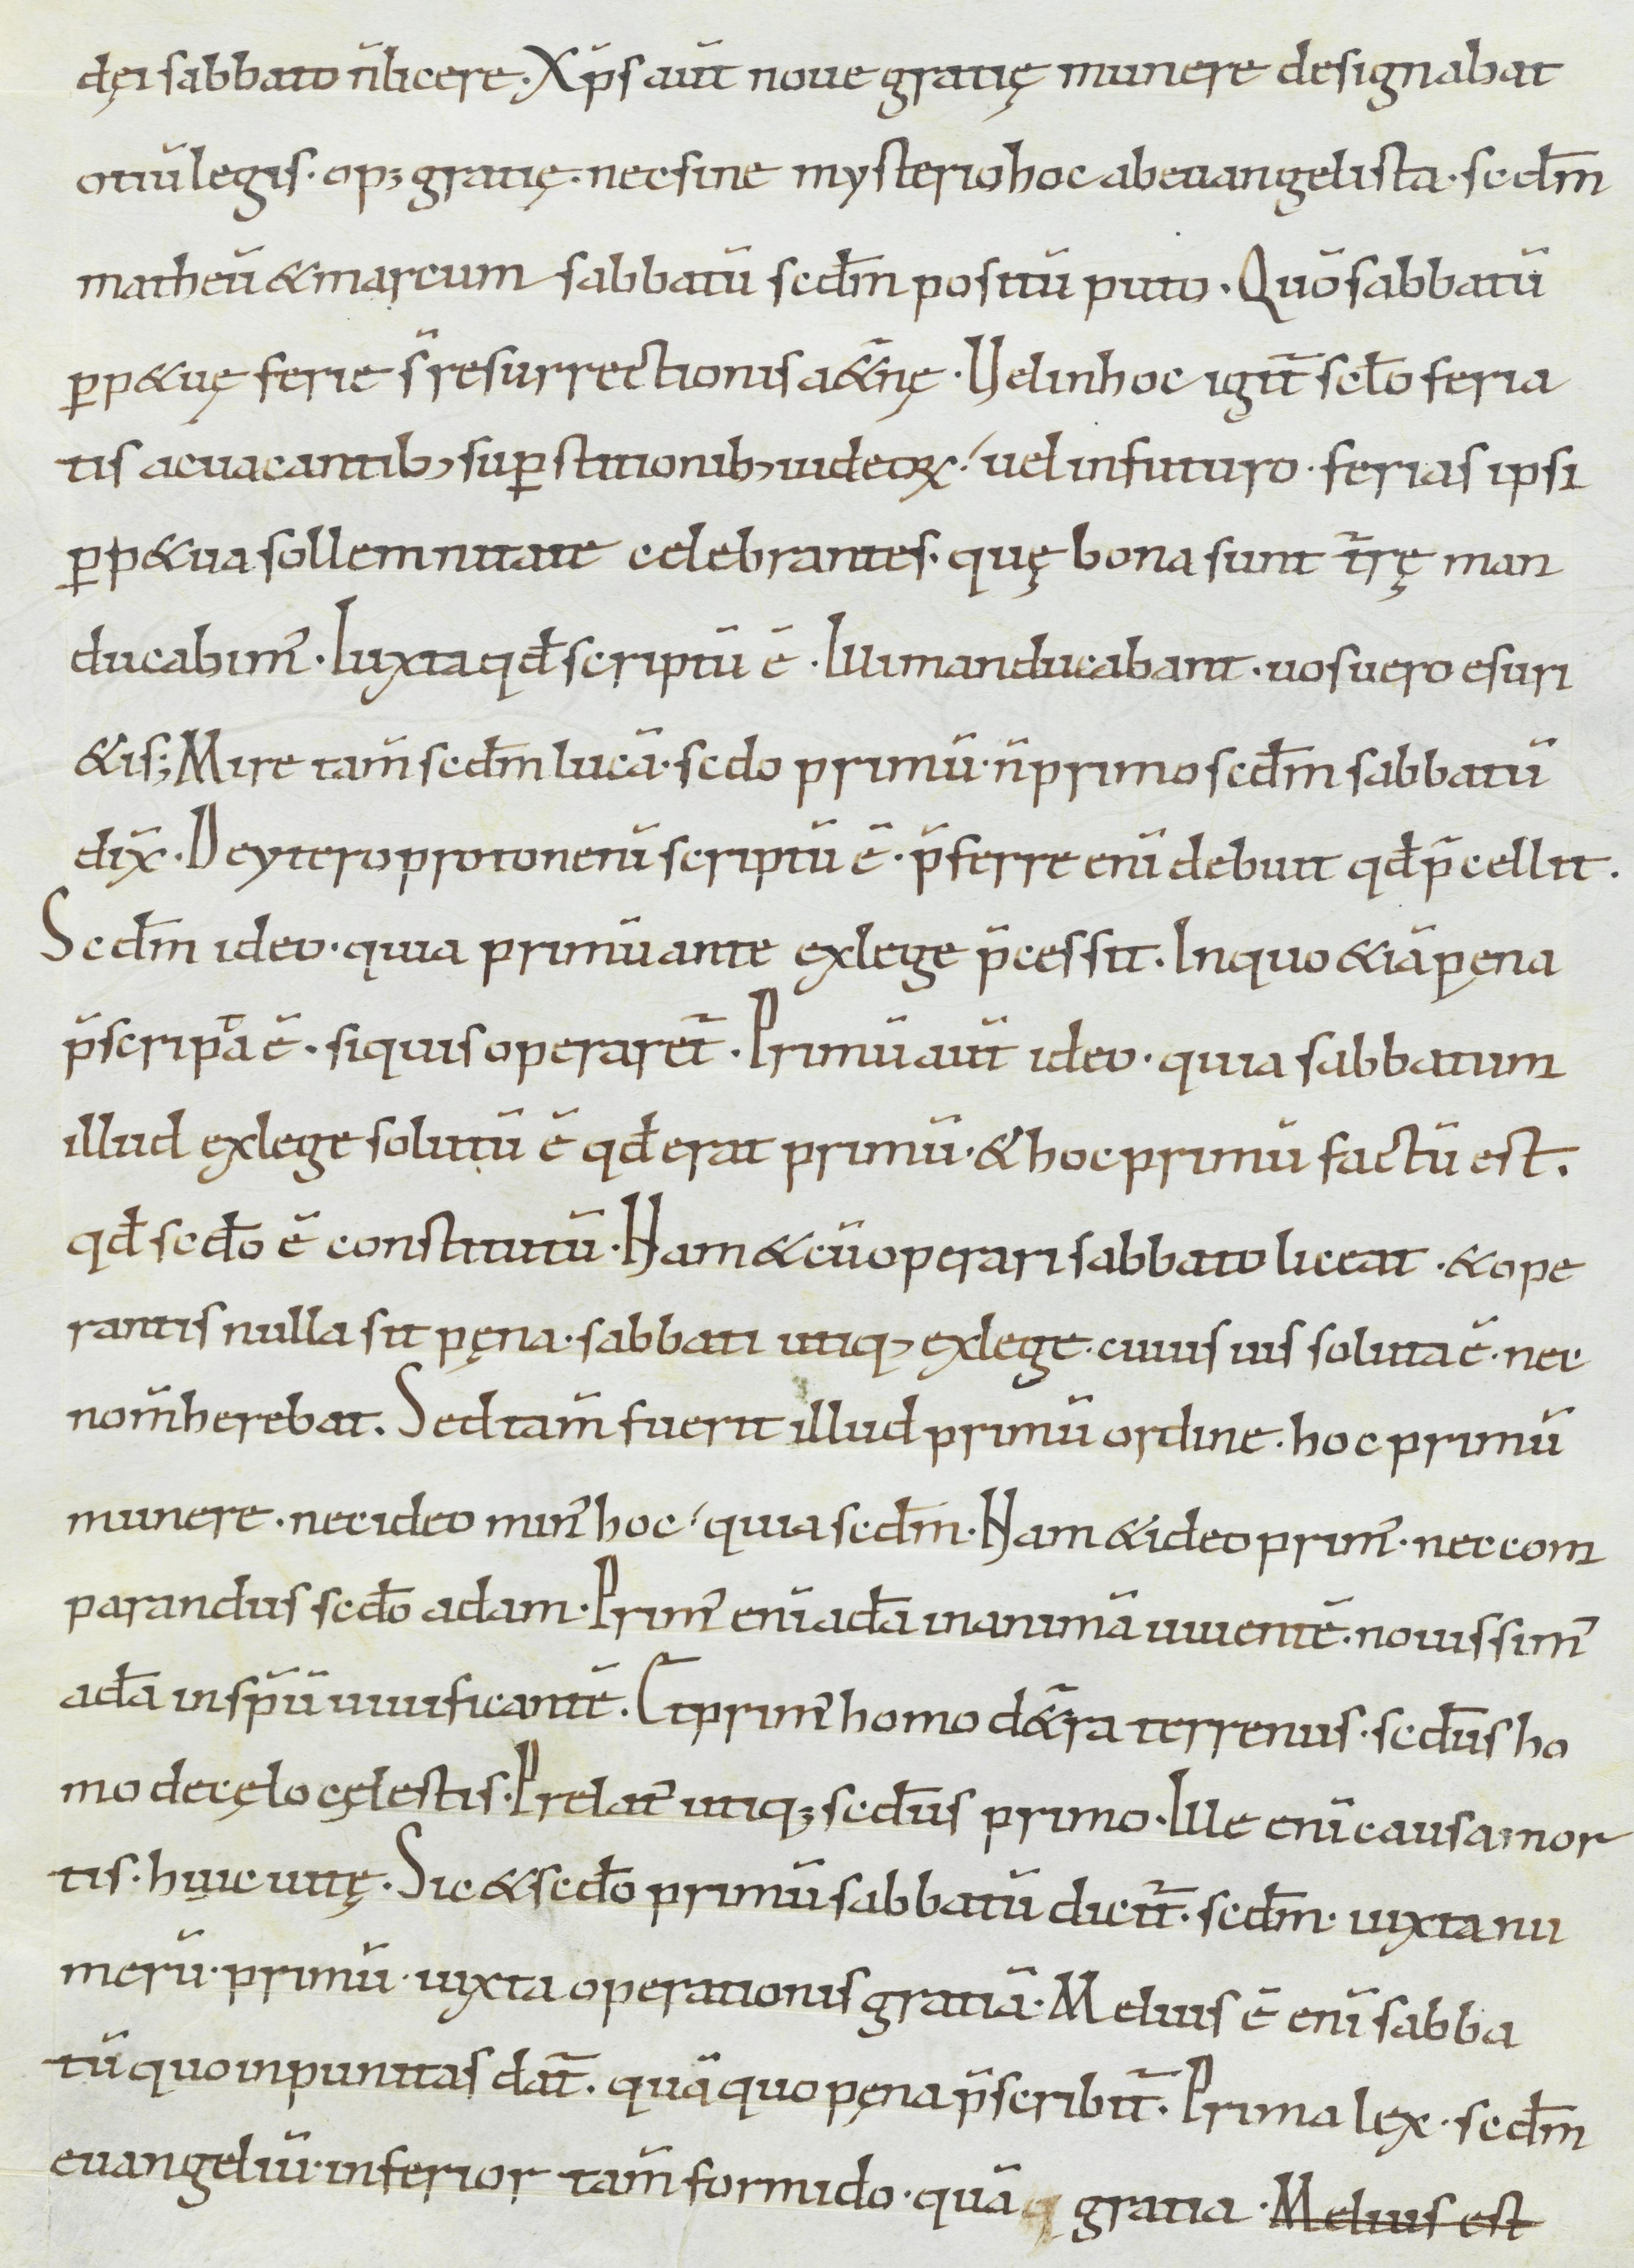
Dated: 900–999